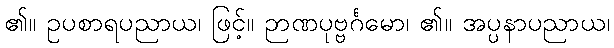
၏။ ဥပစာရပညာယ၊ ဖြင့်။ ဉာဏပုဗ္ဗင်္ဂမော၊ ၏။ အပ္ပနာပညာယ၊